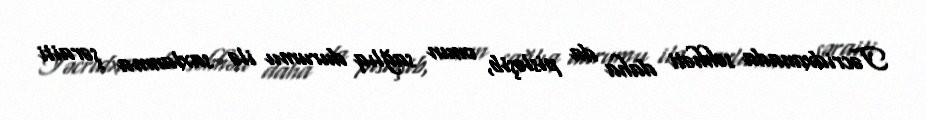
Təcridxanada səhhəti daha da pisləşib, onun sağlıq durumu ilə saxlanma şəraiti